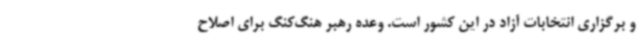
و برگزاری انتخابات آزاد در این کشور است. وعده رهبر هنگ‌کنگ برای اصلاح